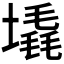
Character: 𪤛